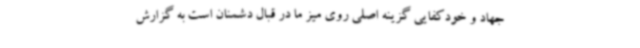
جهاد و خودکفایی گزینه اصلی روی میز ما در قبال دشمنان است به گزارش